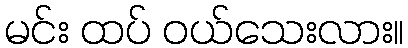
မင်း ထပ် ဝယ်သေးလား။